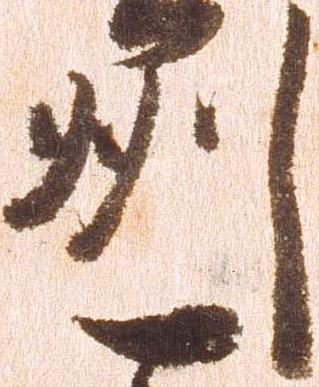
州